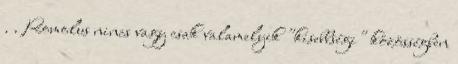
. . Romolus nincs vagy csak valamelyik "kisebbségi" közösségben